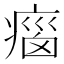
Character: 𤷻